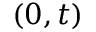
( 0 , t )